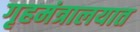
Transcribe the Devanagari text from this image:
गृहमंत्रालयात